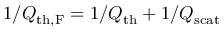
1 / Q _ { \mathrm { t h , F } } = 1 / Q _ { \mathrm { t h } } + 1 / Q _ { \mathrm { s c a t } }